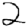
Digit: 2